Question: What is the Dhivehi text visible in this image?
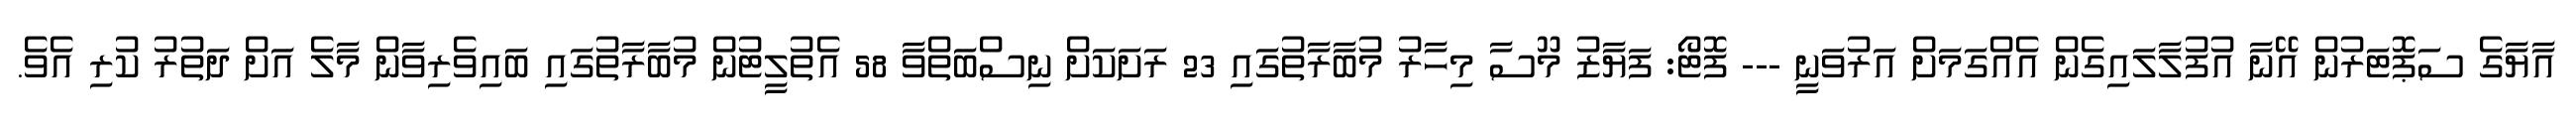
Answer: އާޔާގެ ސަޕޮޓަރުން އޭނާ އުފުލާލައިގެން އެއްގަމަށް އަރުވަނީ --- ފޮޓޯ: ފަޔާޒު މޫސާ މިހާރު މުބާރާތުގައި 23 ރަށަކަށް ނިސްބަތްވާ 58 އެތުލީޓުން މުބާރާތުގައި ބައިވެރިވާން މާލެ އަށް ދަތުރު ކުރި އެވެ.